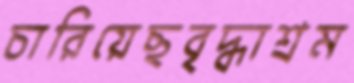
চারিয়েছবৃদ্ধাশ্রম